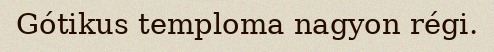
Gótikus temploma nagyon régi.